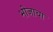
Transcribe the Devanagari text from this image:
भोजाचा